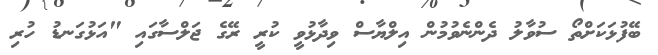
ބޭފުޅަކަށްތޯ ސުވާލު ދެންނެވުމުން އިލްޔާސް ވިދާޅުވީ ކުރީ ރޭގެ ޖަލްސާގައި "އަޅުގަނޑު ހުރި